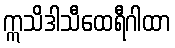
ဣသိဒါသီထေရီဂါထာ